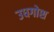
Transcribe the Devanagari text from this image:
उधगोश